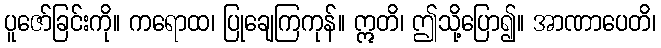
ပူဇော်ခြင်းကို။ ကရောထ၊ ပြုချေကြကုန်။ ဣတိ၊ ဤသို့ပြော၍။ အာဏာပေတိ၊